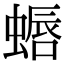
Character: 𫋏